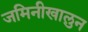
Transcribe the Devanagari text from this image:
जमिनीखालुन